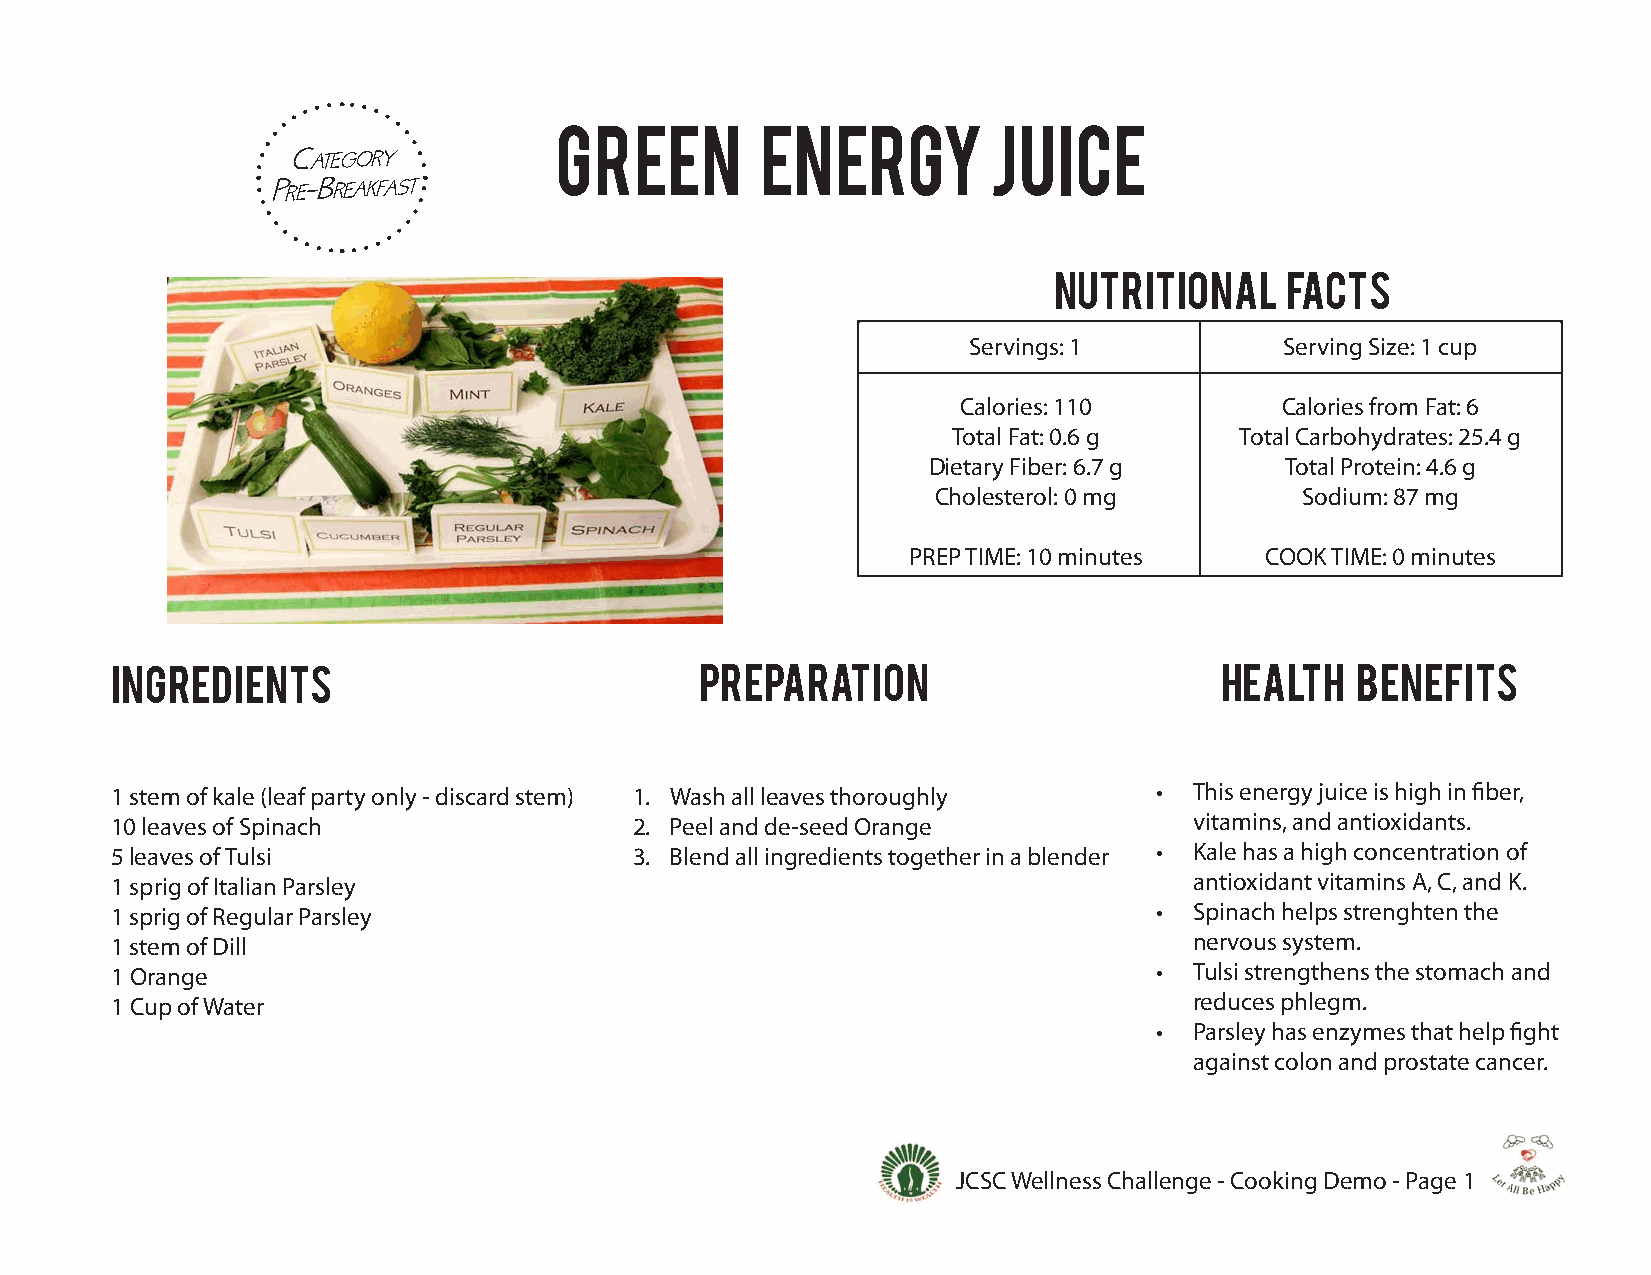
Green        Energy         Juice
 nutritional    facts
 Servings: 1          Serving Size: 1 cup
 Calories: 110        Calories from Fat: 6
 Total Fat: 0.6 g   Total Carbohydrates: 25.4 g
 Dietary Fiber: 6.7 g    Total Protein: 4.6 g
 Cholesterol: 0 mg       Sodium: 87 mg
 PREP TIME: 10 minutes   COOK TIME: 0 minutes
 ingredients                            preparation                        health   benefits
 1 stem of kale (leaf party only - discard stem) 1. Wash all leaves thoroughly • This energy juice is high in fiber,
 10 leaves of Spinach               2. Peel and de-seed Orange           vitamins, and antioxidants.
 5 leaves of Tulsi                  3. Blend all ingredients together in a blender • Kale has a high concentration of
 1 sprig of Italian Parsley                                              antioxidant vitamins A, C, and K.
 1 sprig of Regular Parsley                                           •  Spinach helps strenghten the
 1 stem of Dill                                                          nervous system.
 1 Orange                                                             •  Tulsi strengthens the stomach and
 1 Cup of Water                                                          reduces phlegm.
 •  Parsley has enzymes that help fight
 against colon and prostate cancer.
 JCSC Wellness Challenge - Cooking Demo - Page 1
 P
 C
 er
 a
 -
 t
 B
 e
 r
 g
 e
 o
 a
 yr
 afk s t